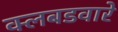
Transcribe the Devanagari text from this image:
क्लबडवारे